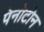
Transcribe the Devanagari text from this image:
पेनोटोन